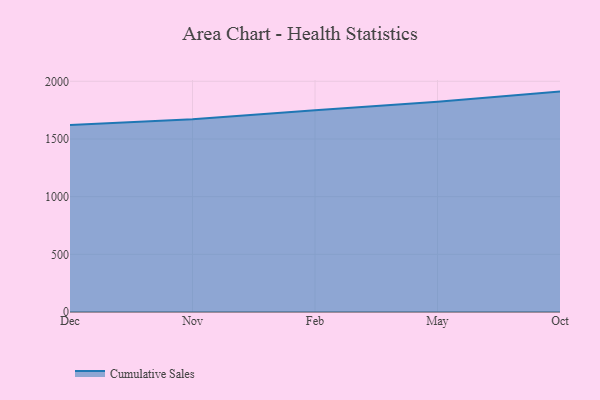
{"axis": {"x": "Month", "y": "Temperature (°C)"}, "legend": ["Cumulative Sales"], "data": [{"x": "Dec", "y": 1621.7, "type": "Cumulative Sales"}, {"x": "Nov", "y": 1670.9, "type": "Cumulative Sales"}, {"x": "Feb", "y": 1748.6, "type": "Cumulative Sales"}, {"x": "May", "y": 1822.6, "type": "Cumulative Sales"}, {"x": "Oct", "y": 1910.7, "type": "Cumulative Sales"}]}